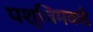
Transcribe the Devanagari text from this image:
पश्चिमकडे